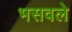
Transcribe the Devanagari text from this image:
भसवले